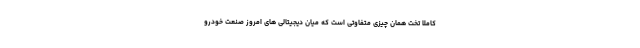
کاملا تخت همان چیزی متفاوتی است که میان دیجیتالی های امروز صنعت خودرو